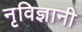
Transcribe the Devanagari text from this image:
नृविज्ञानी